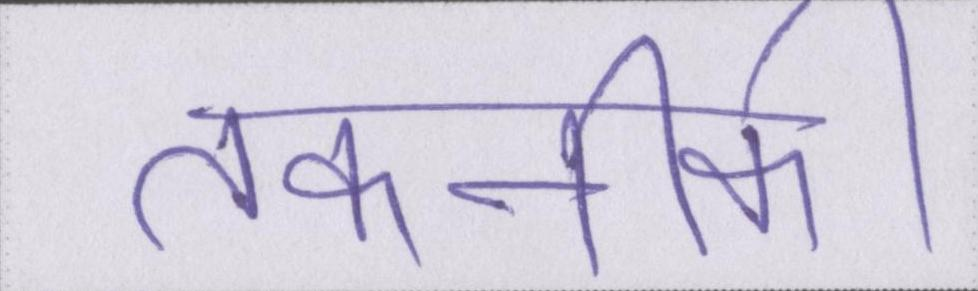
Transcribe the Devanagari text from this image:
तकनीकी